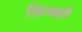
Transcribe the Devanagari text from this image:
फ़िक्ही